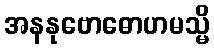
အနနုဗောဓောဟမသ္မိ